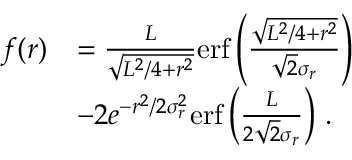
\begin{array} { r l } { f ( r ) } & { = \frac { L } { \sqrt { L ^ { 2 } / 4 + r ^ { 2 } } } \mathrm { e r f } \left( \frac { \sqrt { L ^ { 2 } / 4 + r ^ { 2 } } } { \sqrt { 2 } \sigma _ { r } } \right) } \\ & { - 2 e ^ { - r ^ { 2 } / 2 \sigma _ { r } ^ { 2 } } \mathrm { e r f } \left( \frac { L } { 2 \sqrt { 2 } \sigma _ { r } } \right) \, . } \end{array}